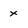
Character: x